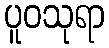
ပူဝသုရာ